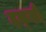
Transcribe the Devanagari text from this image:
दक्ख्नी